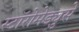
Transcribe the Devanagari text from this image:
स्टॉरोमेड्युसे